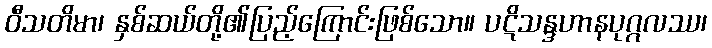
ဝီသတိမာ၊ နှစ်ဆယ်တို့၏ပြည့်ကြောင်းဖြစ်သော။ ပဋိသန္ဒဟာနပုဂ္ဂလဿ၊